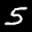
Label: 5